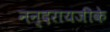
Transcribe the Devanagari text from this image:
नन्दरायजीके